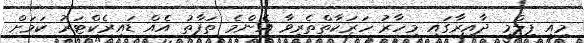
މިއީ ފިލްމީ ދާއިރާގައި މިހާރު ހަރަކާތްތެރިވާ އެންމެ ތަފާތު އެއް ޑައިރެކްޓަރު ކަމަށް